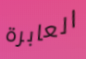
العابرة